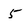
Character: 5